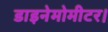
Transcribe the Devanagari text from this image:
डाइनेमोमीटर।